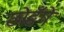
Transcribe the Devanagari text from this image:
छोङँगे